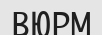
ВЮРМ